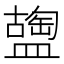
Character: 𥂩